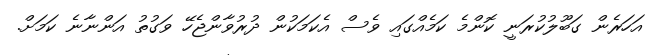
އަހަރެން ގަބޫލުކުރަނީ ކޮންމެ ކަމެއްގައި ވެސް އެކަމަކުން ދުރުވާންޖެހޭ ވަގުތު އަންނާނެ ކަމަށް.